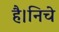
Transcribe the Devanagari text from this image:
है।निचे